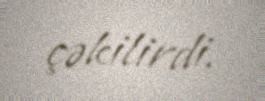
çəkilirdi.